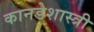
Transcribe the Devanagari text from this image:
कानडेशास्त्री